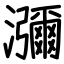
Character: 瀰